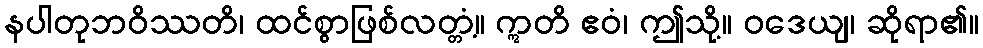
နပါတုဘဝိဿတိ၊ ထင်စွာဖြစ်လတ္တံ့။ ဣတိ ဧဝံ၊ ဤသို့။ ဝဒေယျ၊ ဆိုရာ၏။